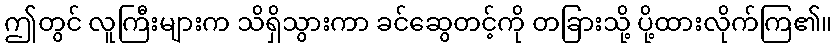
ဤတွင် လူကြီးများက သိရှိသွားကာ ခင်ဆွေတင့်ကို တခြားသို့ ပို့ထားလိုက်ကြ၏။